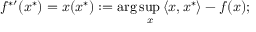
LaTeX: f ^ { { * } \prime } ( x ^ { * } ) = x ( x ^ { * } ) : = \arg \operatorname* { s u p } _ { x } { \langle x , x ^ { * } \rangle } - f ( x ) ;